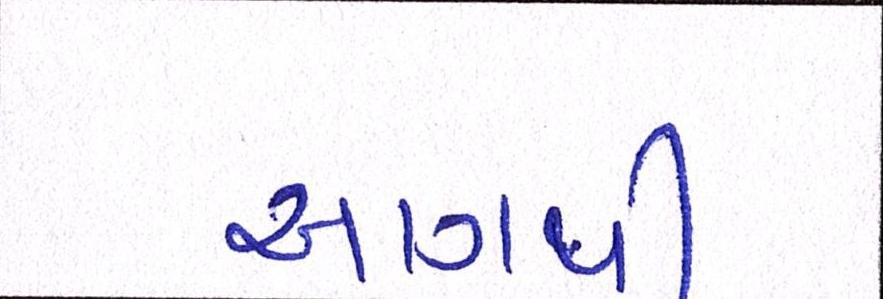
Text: આગથી